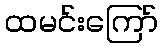
ထမင်းကြော်